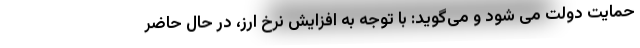
حمایت دولت می شود و می‌گوید: با توجه به افزایش نرخ ارز، در حال حاضر